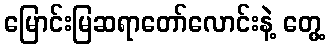
မြောင်းမြဆရာတော်လောင်းနဲ့ တွေ့